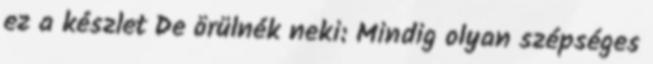
ez a készlet De örülnék neki: Mindig olyan szépséges